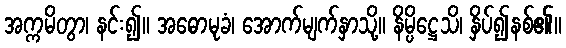
အက္ကမိတွာ၊ နင်း၍။ အဓောမုခံ၊ အောက်မျက်နှာသို့။ နိမ္ပိဋ္ဌေသိ၊ နှိပ်၍နစ်၏။